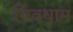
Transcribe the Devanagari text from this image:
सिवधाम